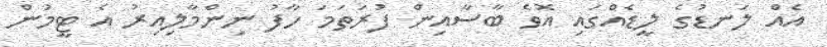
އެއް ލަނޑުގެ ލީޑެއްގައި އޮވެ ބާސާއިން ފުރަތަމަ ހާފު ނިންމާލިއިރު އެ ޓީމުން